Annual report of the Bengal Veterinary College and of the Civil Veterinary Department, Bengal, for the year 1910-1911 - 1910-1911
Year: 1910
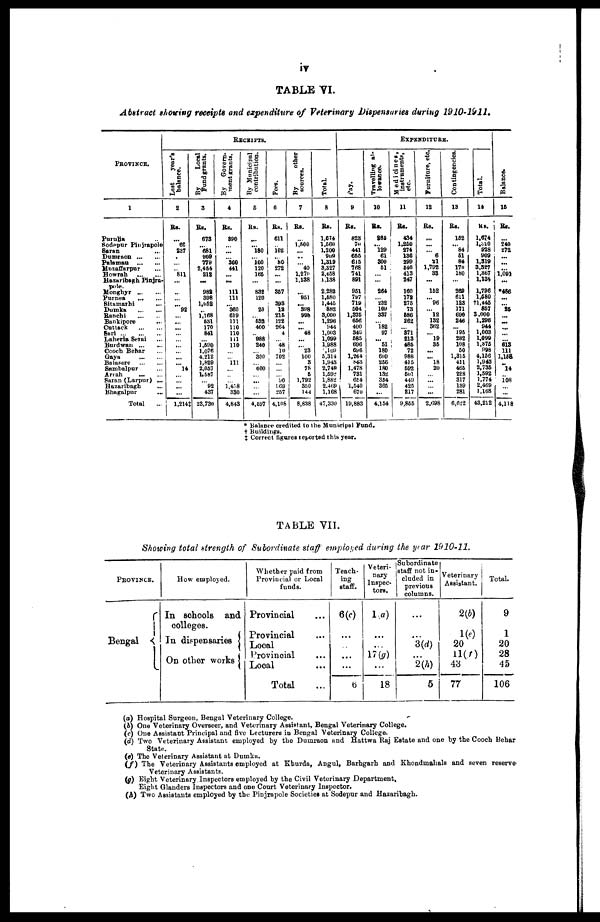
iv
TABLE VI.
Abstract shouing receipts and expenditure of Veterinary Dispensaries during 1910-1911,
PROVINCE.
1
Puruba …
Sodepur Pinjrapole
Saran
Dumraon … …
Palamau
…
…
Muzaffarpur …
Howrah … …
Hazaribegh Pinjra-
Monghyr ... …
Purnea
…
…
Sitamarhi …
Dumka
…
…
Banchi
…
…
Bankipore …
Cuttack
…
…
Sari
Laheria Serai …
Burdwan
…
…
Cooch Behar …
Gaya
…
…
Balasore
…
…
Sambalpur …
Arrah
…
…
Saran (Larpur) ...
Hazaribagh
Bhugalpur …
Total …
RECEIPTS.
Last
year's
balance.
2
Rs.
...
60
837
...
…
… 811
...
...
...
... 92
... ...
...
…
… ...
… ...
... 14
…
… ...
…
1,214‡
By
Local
Fund grants.
3
Rs.
673
… 681
909
779
2,464
212
...
988
398
1,052
... 1,168
631
170
841
… l,590
l,076
4.212
1,829
2,057
1,587
… 92
437
23,730
By
Govern-
ment grants.
4
Rs.
890
... ...
… 360
441
...
...
111
111
... 360
619
111
110
110
111
110
...
... 111
...
...
... 1,458
330
4,843
By Municipal
contribution.
5
Rs.
...
... 180
... 100 120
165
...
832
120
... 20
... 532
400
... 988
240
... 300
... 600
... ...
...
...
4,597
Fees.
6
Rs.
611
... 102
... 80
272
...
...
357
... 393
18
215
122
264
4
...
48
10
702
...
...
... 90
869
257
4,108
By
other
sources.
7
Rs.
...
1,500
...
...
... 40
1,270
1,138
951
... 398
998
...
... 48
...
...
23
100
3
78
5
1,792
350
144
8,838
Total.
8
Rs.
1,674
1,560
1,200
909
1,319
3,827
2,458
1,138
2.282
1,680
1,445
882
3,000
1,296
344
1,003
1,099
1,988
109
5,314
1,943
2,749
1,592
1,882
2.469
1,168
47,330
EXPENDITURE.
Pay.
9
Rs.
823
70
441
655
615
768
741
891
951
797
719
504
1,375
656
400
340
585
696
6y6
1,244
843
1,478
731
654
1,540
670
19,883
Travelling al-
lowance.
10
Rs.
865
... 129
61
300
51
...
...
264
... 232
109
337
... 182
97
... 51
180
609
256
180
132
354
365
...
4,154
Medicines,
instruments,
etc.
11
Rs.
434
1,250
274
136
299
646
413
247
160
172
275
73
586
262
… 871
213
485
72
988
415
592
50l
449
425
217
9,855
Furniture, etc.:
12
Rs.
...
...
... 6
21
1,792
38
...
162
... 96
... l2
132
362
… 19
35
...
... 18
20
…
…
… ...
2.698
Contingencies.
13
Rs.
152
... 84
51
84
170
180
269
611
123
171
690
246
... 195
282
108
50
1,315
411
465
228
317
139
281
6,622
Total.
14
Rs.
1,674
1.320
928
909
1,319
3,327
1,367
1,138
1,796
1,580
†1,445
857
3.000
1.296
944
1,003
1,099
1,375
998
4,156
1,943
2,735
1,592
1,774
2,469
1,168
43,212
Bal ance.
15
Rs.
...
240
272
...
...
1,091
...
*486
...
... 25
...
...
...
...
... 613
111
1,158
14
108
…
4,118
* Balance credited to the Municipal Fund.
† Buildiiig.
‡ Correct figures reported this year.
TABLE VII.
Showing total strength of Subordinate staff employed awing the year 1010-11.
PROVINCE.
Bengal
How employed.
In schools and
colleges.
In dispensaries
On other works
Whether paid from
Provincial or Local
funds.
Provincial
Provincial
Local
Provincial
Local
Total
Teach-
ing
staff.
6(c)
…
…
...
...
6
Veteri-
nary
Inspec-
tors.
1(a)
...
…
17(g)
...
18
Subordinate
staff not in-
cluded in
previous
columns.
…
… 3(d)
... 2(h)
5
Veterinary
Assistant.
2(b)
1(e)
20
1l(f)
43
77
Total.
9
1
20
28
45
106
(a) Hospital Surgeon, Bengal Veterinary College.
(b) One Veterinary Overseer, and Veterinary Assistant, Bengal Veterinary College.
(c) One Assistant Principal and five Lecturers in Bengal Veterinary College.
(d) Two Veterinary Assistant employed by the Dumraon and Hattwa Raj Estate and one by the Cooch Behar
State.
(e) The Veterinary Assistant at Dumka.
(f) The Veterinary Assistants employed at Kburda, Angul, Barhgarh and Khondmahals and seven reserve-
Veterinary Assistants.
(g) Eight Veterinary Inspectors employed by the Civil Veterinary Department,
Eight Glanders Inspectors and one Court Veterinary Inspector.
(h) Two Assistants employed by the Pinjrapole Societies at Sodepur and Hazaribagh..